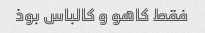
فقط کاهو و کالباس بوذ